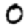
Digit: 0